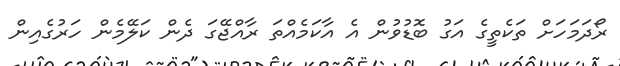
ރޯދަމަހަށް ތަކެތީގެ އަގު ބޮޑުވުން އެ އާކަމެއްތަ ރާއްޖޭގަ ދެން ކަލޭމެން ހަރުގެއިން